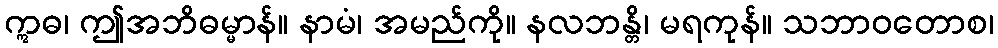
ဣဓ၊ ဤအဘိဓမ္မာန်။ နာမံ၊ အမည်ကို။ နလဘန္တိ၊ မရကုန်။ သဘာဝတောစ၊